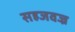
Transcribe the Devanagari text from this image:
सहजवज्र